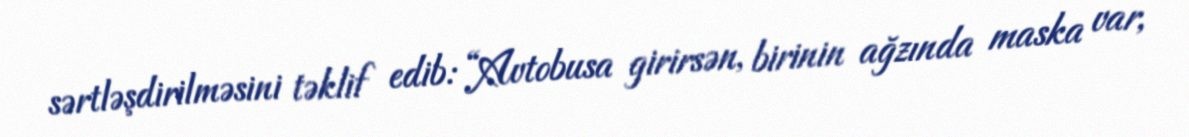
sərtləşdirilməsini təklif edib: “Avtobusa girirsən, birinin ağzında maska var,